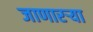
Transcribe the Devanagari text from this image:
जाणारऱ्या